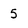
Character: 5